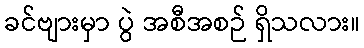
ခင်ဗျားမှာ ပွဲ အစီအစဉ် ရှိသလား။